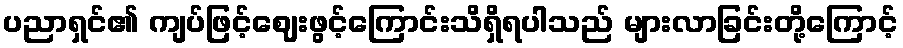
ပညာရှင်၏ ကျပ်ဖြင့်ဈေးဖွင့်ကြောင်းသိရှိရပါသည် များလာခြင်းတို့ကြောင့်